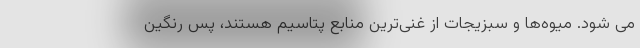
می شود. میوه‌ها و سبزیجات از غنی‌ترین منابع پتاسیم هستند، پس رنگین